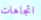
اتجاهات